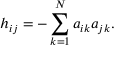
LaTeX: h _ { i j } = - \sum _ { k = 1 } ^ { N } a _ { i k } a _ { j k } .